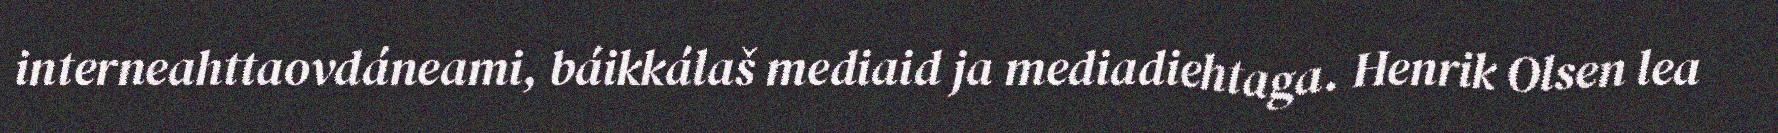
interneahttaovdáneami, báikkálaš mediaid ja mediadiehtaga. Henrik Olsen lea